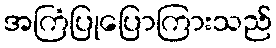
အကြံပြုပြောကြားသည်